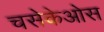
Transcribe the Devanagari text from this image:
चसेकेओस